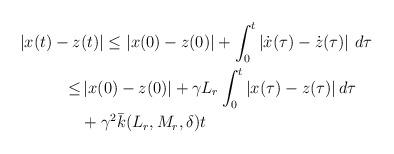
LaTeX: \begin{align*}\begin{aligned}|x(t)-z&(t)| \le |x(0)-z(0)|+\int_0^t \left| \dot{x}(\tau)-\dot{z}(\tau) \right| \,d\tau\\\le &\, |x(0)-z(0)|+ \gamma L_r \int_0^t |x(\tau)-z(\tau)| \,d\tau\\&+ \gamma^2 \bar k(L_r,M_r, \delta) t\end{aligned}\end{align*}